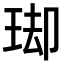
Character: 𭹌